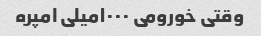
وقتی خورومی ۱۰۰۰میلی امپره